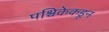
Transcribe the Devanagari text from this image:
पश्चिकेकडून